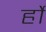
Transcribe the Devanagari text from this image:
र्हो